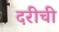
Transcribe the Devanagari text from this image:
दरीची